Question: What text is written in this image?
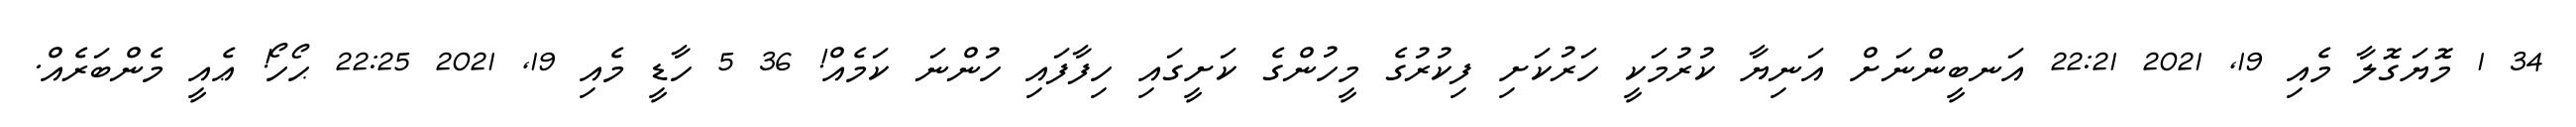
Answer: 34 1 މޮޔަގޮލާ މެއި 19, 2021 22:21 އަނބީންނަށް އަނިޔާ ކުރުމަކީ ހަރުކަށި ފިކުރުގެ މީހުންގެ ކަށީގައި ހިފާފައި ހުންނަ ކަމެއް! 36 5 ހާޑީ މެއި 19, 2021 22:25 ޙޯހޯ! ޢެއީ މެންބަރެއް.